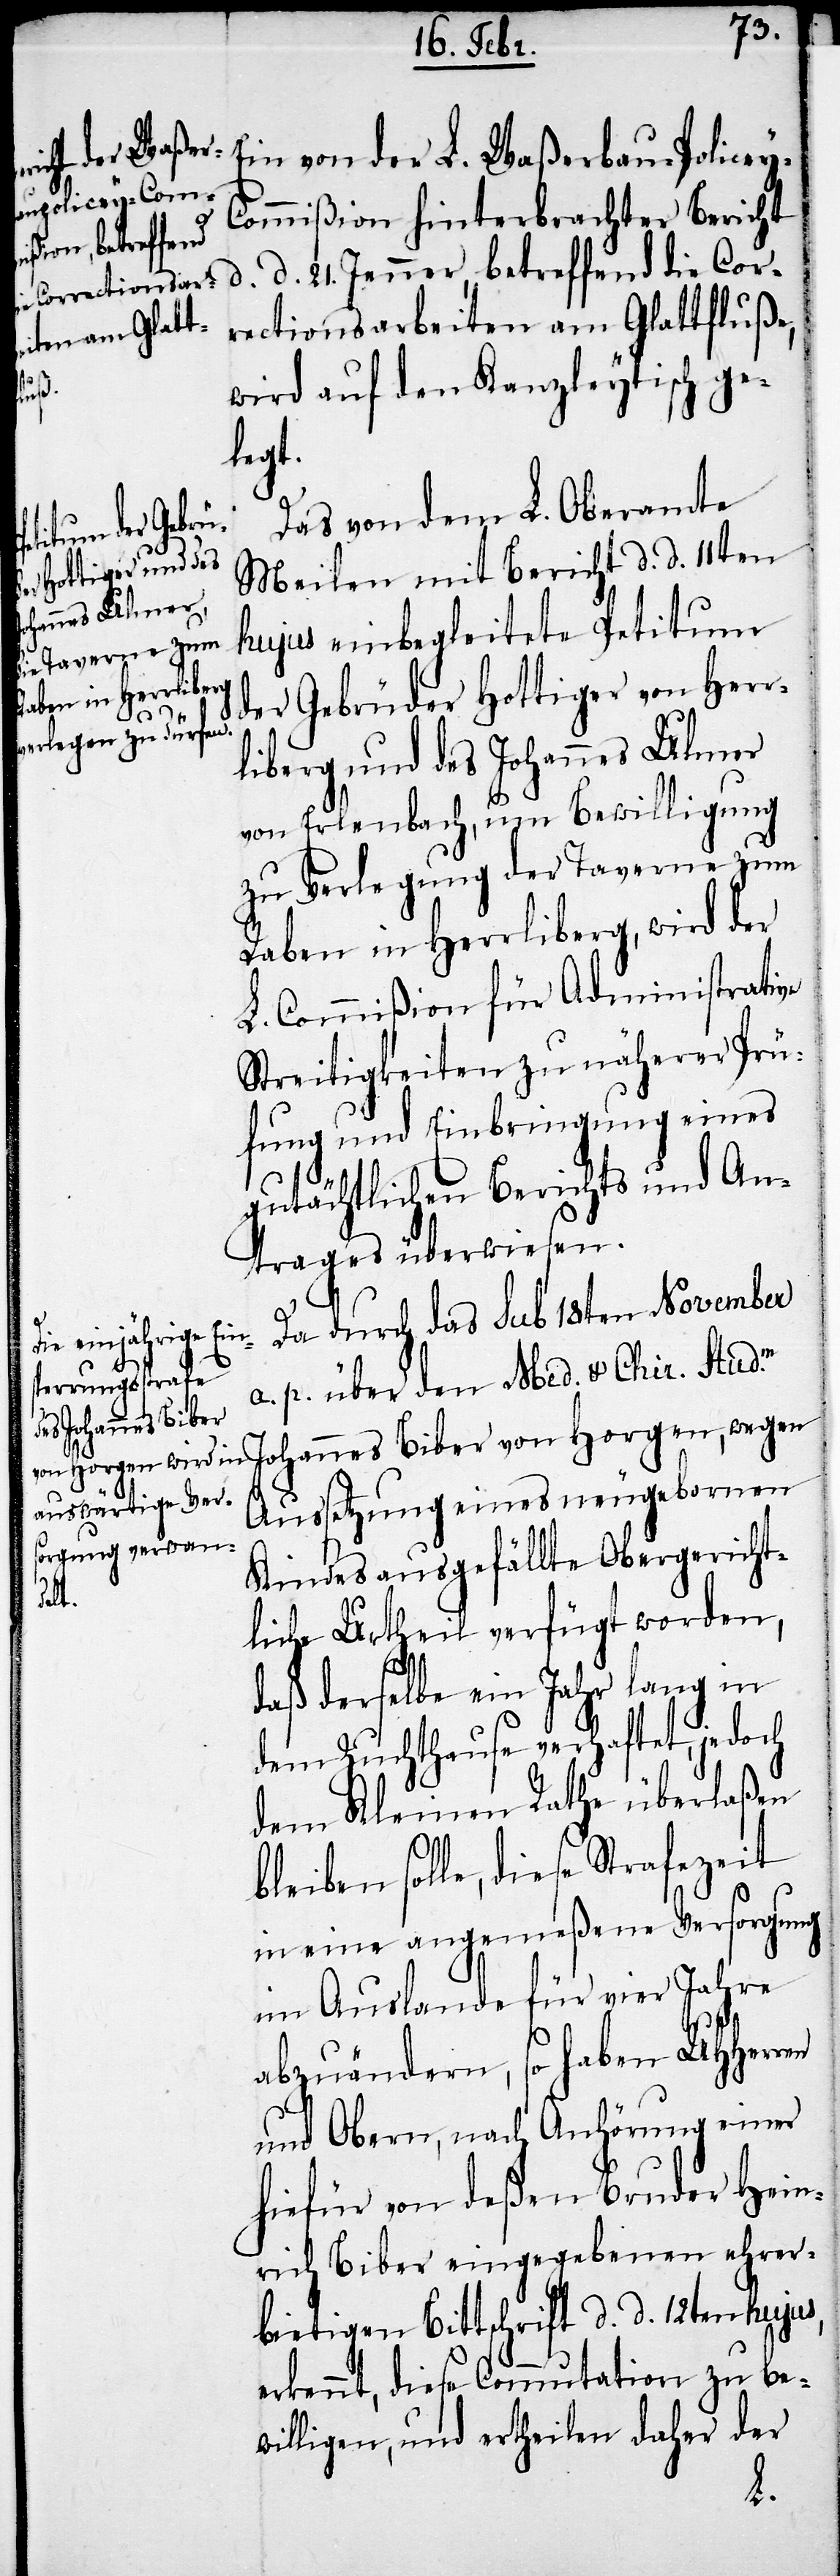
Ein von der L. Waßerbau-Police¬
ommißion hinterbrachter Bericht
d. 21. Jenner, betreffend die Cor¬
rectionsarbeiten am Glattfluße,
wird auf den Kanzleytisch ge¬
legt.
Das von dem L. Oberamte
Meilen mit Bericht d. d. 11ten
hujus einbegleitete Petitum
der Gebrüder Hottiger von Herr¬
liberg und des Johannes Ulmer
von Erlenbach, um Bewilligung
zu Verlegung der Taverne zum
Raben in Herrliberg, wird der
L. Commißion für Administrative
Streitigkeiten zu näherer Prü¬
fung und Einbringung eines
gutächtlichen Berichts und An¬
trages überwiesen.
Da durch das sub 18ten November
a. p. über den Med. u. Chir. Sutd¬
Johannes Biber von Horgen, wegen
Aussetzung eines neugebornen
Kindes ausgefällte Obergericht¬
y-C¬
liche Urtheil verfügt worden,
daß derselbe ein Jahr lang in
dem Zuchthause verhaftet, jedoch
dem Kleinen Rathe überlaßen
bleiben solle, diese Strafezeit
in eine angemeßene Versorgung
im Auslande für vier Jahre
abzuändern, so haben UHHerren
und Obern, nach Anhörung einer
hiefür von deßen Bruder Hein¬
rich Biber eingegebenen ehrer¬
bietigen Bittschrift d. d. 12ten hujus,
erkennt, diese Commutation zu be¬
willigen, und ertheilen daher der
m.